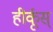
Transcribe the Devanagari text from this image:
हीर्कूस्